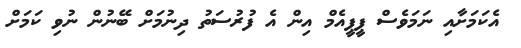
އެކަމަށާއި ނަމަވެސް ޕީޕީއެމް އިން އެ ފުރުސަތު ދިނުމަށް ބޭނުން ނުވި ކަމަށް